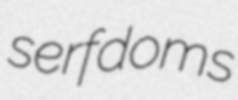
serfdoms